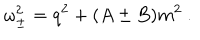
LaTeX: \omega _ { \pm } ^ { 2 } = q ^ { 2 } + ( A \pm B ) m ^ { 2 } \ .